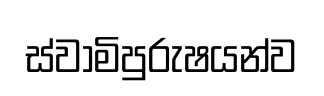
ස්වාමිපුරුෂයන්ව